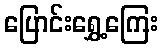
ပြောင်းရွှေ့ကြေး